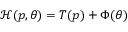
\mathcal { H } ( p , \theta ) = T ( p ) + \Phi ( \theta )